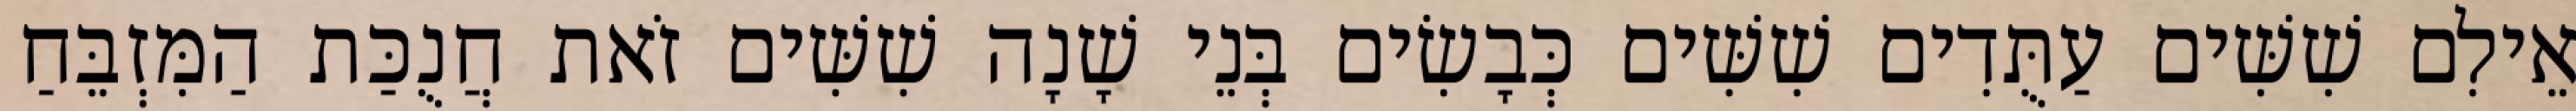
אֵילִם שִׁשִּׁים עַתֻּדִים שִׁשִּׁים כְּבָשִׂים בְּנֵי שָׁנָה שִׁשִּׁים זֹאת חֲנֻכַּת הַמִּזְבֵּחַ